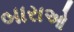
બારાઓ